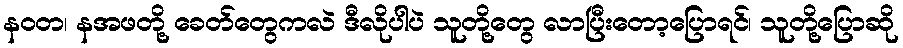
နဝတ၊ နအဖတို့ ခေတ်တွေကလဲ ဒီလိုပါပဲ သူတို့တွေ လာပြီးတော့ပြောရင်၊ သူတို့ပြောဆို